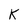
Character: K